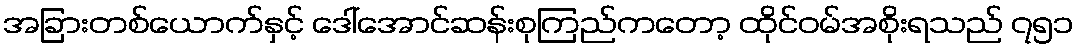
အခြားတစ်ယောက်နှင့် ဒေါ်အောင်ဆန်းစုကြည်ကတော့ ထိုင်ဝမ်အစိုးရသည် ၇၅၁